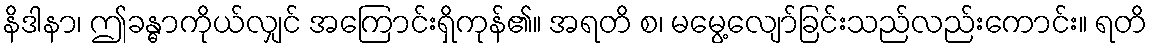
နိဒါနာ၊ ဤခန္ဓာကိုယ်လျှင် အကြောင်းရှိကုန်၏။ အရတိ စ၊ မမွေ့လျော်ခြင်းသည်လည်းကောင်း။ ရတိ